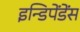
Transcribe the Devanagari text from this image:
इन्डिपेंडेंस